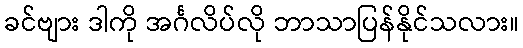
ခင်ဗျား ဒါကို အင်္ဂလိပ်လို ဘာသာပြန်နိုင်သလား။